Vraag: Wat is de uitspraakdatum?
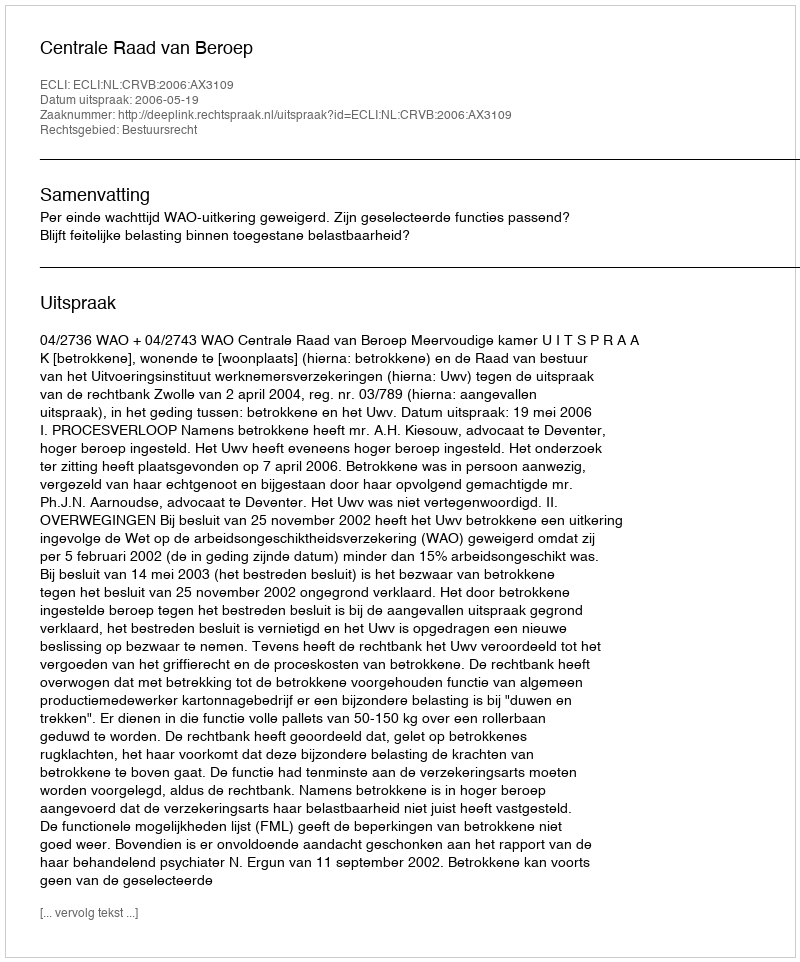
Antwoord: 2006-05-19